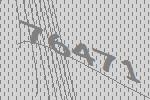
76471